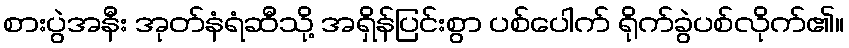
စားပွဲအနီး အုတ်နံရံဆီသို့ အရှိန်ပြင်းစွာ ပစ်ပေါက် ရိုက်ခွဲပစ်လိုက်၏။